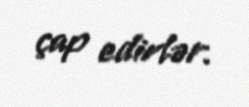
çap edirlər.